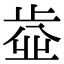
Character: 𣦄